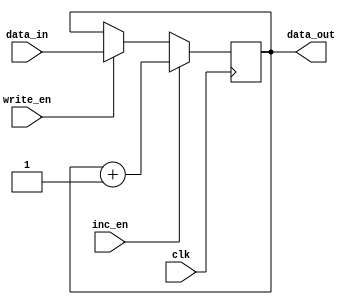
module regrinc(clk,write_en,data_in,inc_en,data_out);
	input clk, write_en, inc_en;
	input [15:0] data_in;
	output reg [15:0] data_out = 16'd0;
	
	always @(negedge clk)
		begin
			if (write_en==1)
				data_out <= data_in;
			if (inc_en==1)
				data_out <= data_out + 16'd1;
		end
endmodule